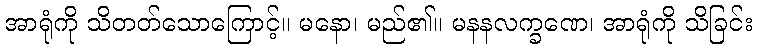
အာရုံကို သိတတ်သောကြောင့်။ မနော၊ မည်၏။ မနနလက္ခဏေ၊ အာရုံကို သိခြင်း